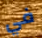
في